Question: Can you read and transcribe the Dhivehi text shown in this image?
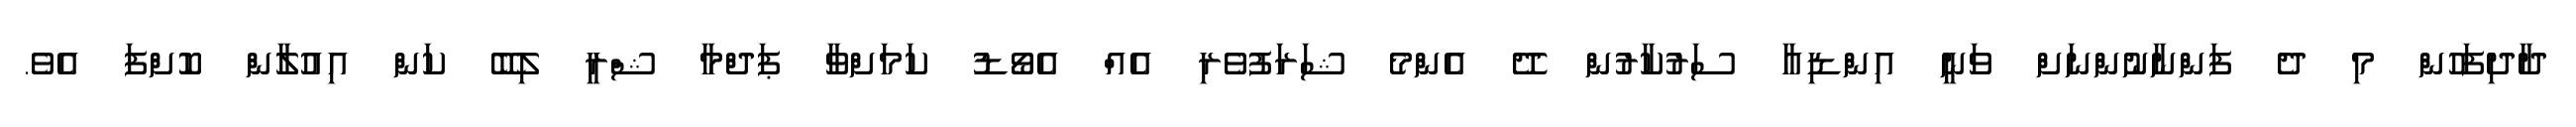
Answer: ދާދިފަހުން މި ދެ ފަންނާނުންނަށް ވަނީ އިންޑިއާ ސަރުކާރުން ދޭ އެންމެ ޝަރަފުވެރި އެއް އެވޯޑު ކަމަށްވާ ޕަދްމާ ޝްރީ ލިބޭ ކަން އިއުލާން ކޮށްފަ އެވެ.